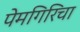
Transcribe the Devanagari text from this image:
पेमगिरिचा